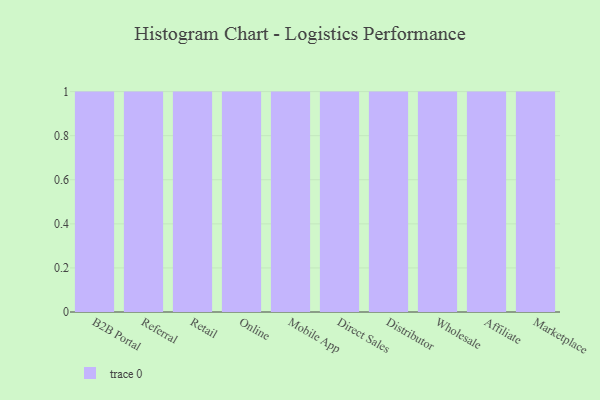
{"axis": {"x": "Channel", "y": "Website Visitors"}, "legend": [""], "data": [{"x": "B2B Portal", "y": 24, "type": ""}, {"x": "Referral", "y": 33, "type": ""}, {"x": "Retail", "y": 1, "type": ""}, {"x": "Online", "y": 36, "type": ""}, {"x": "Mobile App", "y": 79, "type": ""}, {"x": "Direct Sales", "y": 38, "type": ""}, {"x": "Distributor", "y": 60, "type": ""}, {"x": "Wholesale", "y": 57, "type": ""}, {"x": "Affiliate", "y": 12, "type": ""}, {"x": "Marketplace", "y": 72, "type": ""}]}